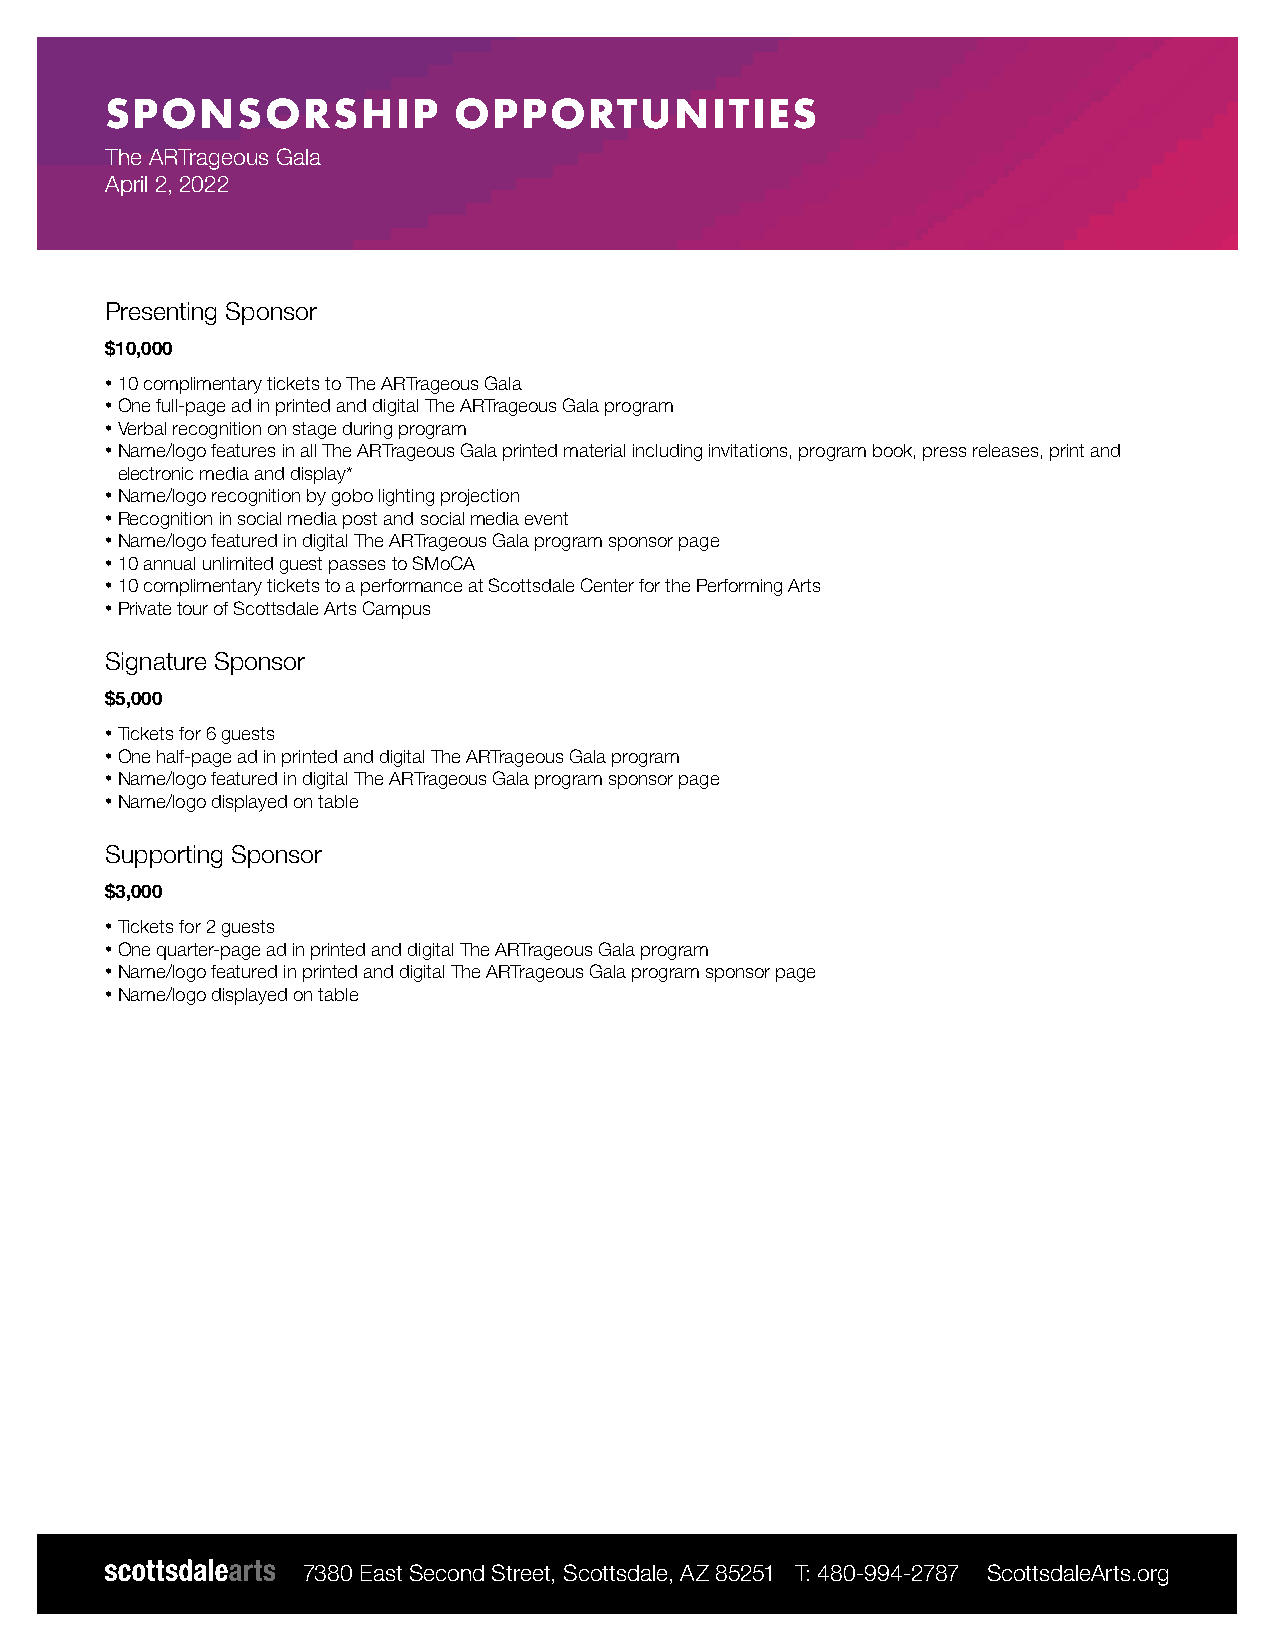
SPONSORSHIP            OPPORTUNITIES
 The ARTrageous Gala
 April 2, 2022
 Presenting Sponsor
 $10,000
 • 10 complimentary tickets to The ARTrageous Gala
 • One full-page ad in printed and digital The ARTrageous Gala program
 • Verbal recognition on stage during program
 • Name/logo features in all The ARTrageous Gala printed material including invitations, program book, press releases, print and
 electronic media and display*
 • Name/logo recognition by gobo lighting projection
 • Recognition in social media post and social media event
 • Name/logo featured in digital The ARTrageous Gala program sponsor page
 • 10 annual unlimited guest passes to SMoCA
 • 10 complimentary tickets to a performance at Scottsdale Center for the Performing Arts
 • Private tour of Scottsdale Arts Campus
 Signature Sponsor
 $5,000
 • Tickets for 6 guests
 • One half-page ad in printed and digital The ARTrageous Gala program
 • Name/logo featured in digital The ARTrageous Gala program sponsor page
 • Name/logo displayed on table
 Supporting Sponsor
 $3,000
 • Tickets for 2 guests
 • One quarter-page ad in printed and digital The ARTrageous Gala program
 • Name/logo featured in printed and digital The ARTrageous Gala program sponsor page
 • Name/logo displayed on table
 7380 East Second Street, Scottsdale, AZ 85251 T: 480-994-2787 ScottsdaleArts.org